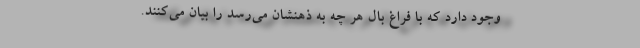
وجود دارد که با فراغ بال هر چه به ذهنشان می‌رسد را بیان می‌کنند.